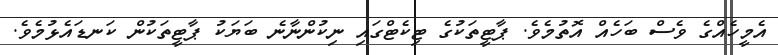
އެމީހެއްގެ ވެސް ބަހެއް އޮތުމެވެ. ޕާޓީތަކުގެ ޓިކެޓްގައި ނިކުންނާނެ ބަޔަކު ޕާޓީތަކުން ކަނޑައެޅުމެވެ.